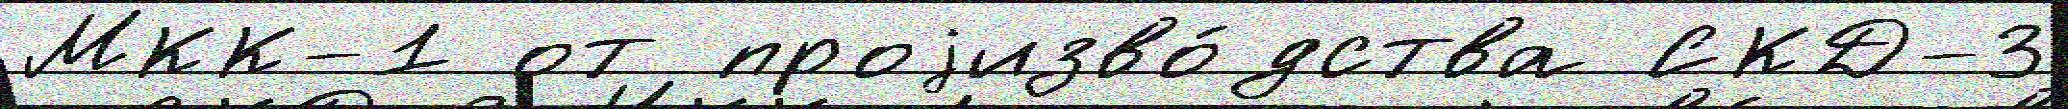
МКК-1 от проjизво́дства СКД-3